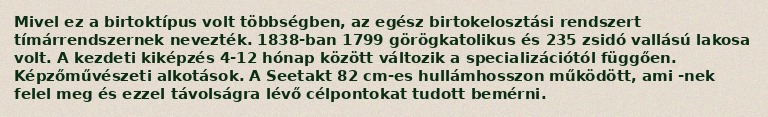
Mivel ez a birtoktípus volt többségben, az egész birtokelosztási rendszert tímárrendszernek nevezték. 1838-ban 1799 görögkatolikus és 235 zsidó vallású lakosa volt. A kezdeti kiképzés 4-12 hónap között változik a specializációtól függően. Képzőművészeti alkotások. A Seetakt 82 cm-es hullámhosszon működött, ami -nek felel meg és ezzel távolságra lévő célpontokat tudott bemérni.